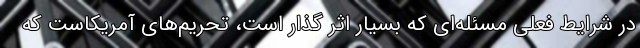
در شرایط فعلی مسئله‌ای که بسیار اثر گذار است، تحریم‌های آمریکاست که